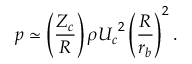
p \simeq \left( \frac { Z _ { c } } { R } \right) { \rho { U _ { c } } ^ { 2 } } \left( \frac { R } { r _ { b } } \right) ^ { 2 } .